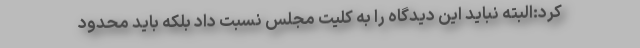
کرد:البته نباید این دیدگاه را به کلیت مجلس نسبت داد بلکه باید محدود